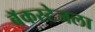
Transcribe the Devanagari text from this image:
बॅकस्टेजला